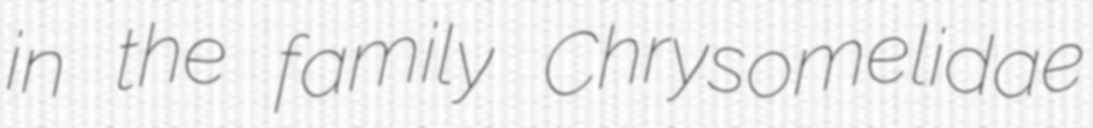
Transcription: in the family Chrysomelidae